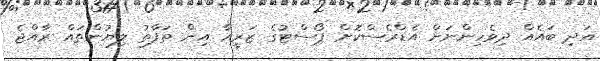
އަދި ބައެއް ދިވެހިންނަށް އެޑްރެސްކޮށް ޕޯސްޓުގެ ޒަރީއާ އިން ތަފާތު ލިޔުންތައް ރާއްޖެ